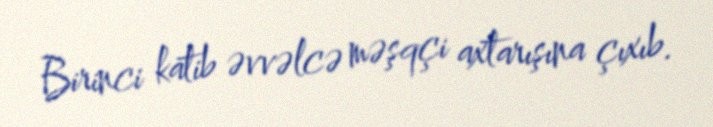
Birinci katib əvvəlcə məşqçi axtarışına çıxıb.